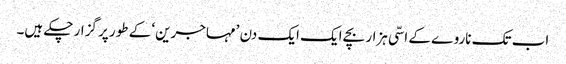
اب تک ناروے کے اسّی ہزار بچے ایک ایک دن ’مہاجرین‘ کے طور پر گزار چکے ہیں۔